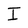
Character: I